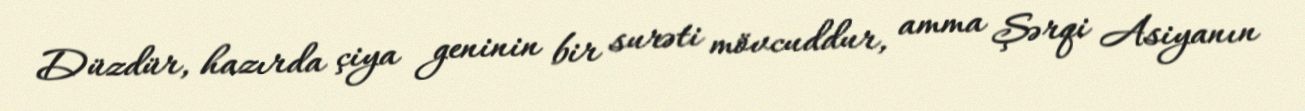
Düzdür, hazırda çiya geninin bir surəti mövcuddur, amma Şərqi Asiyanın